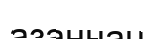
азаннан